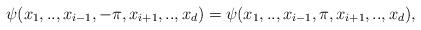
LaTeX: \begin{align*} \psi(x_1,..,x_{i-1}, -\pi, x_{i+1},.., x_d) = \psi(x_1,..,x_{i-1}, \pi, x_{i+1},.., x_d),\end{align*}